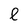
Character: e